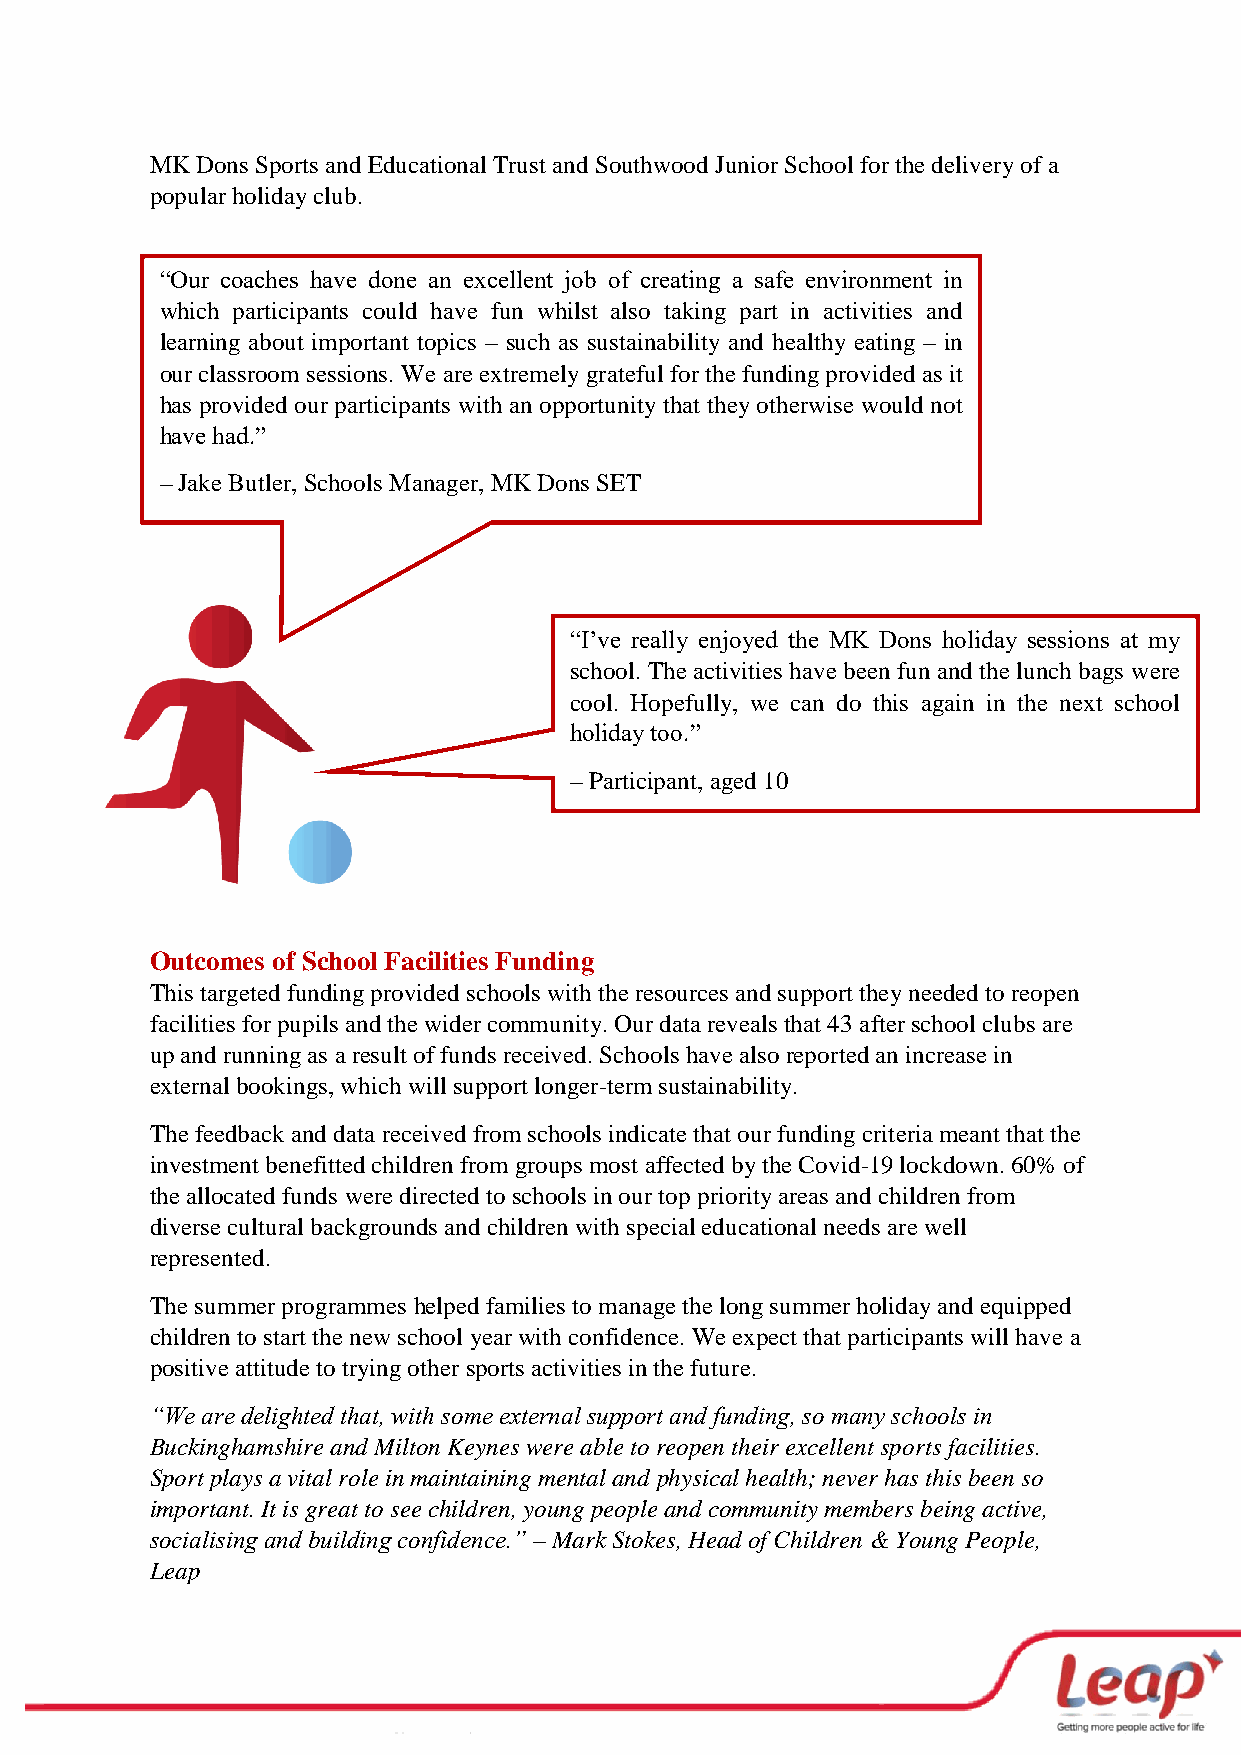
MK Dons Sports and Educational Trust and Southwood Junior School for the delivery of a
 popular holiday club.
 “Our coaches have done an excellent job of creating a safe environment in
 which participants could have fun whilst also taking part in activities and
 learning about important topics – such as sustainability and healthy eating – in
 our classroom sessions. We are extremely grateful for the funding provided as it
 has provided our participants with an opportunity that they otherwise would not
 have had.”
 – Jake Butler, Schools Manager, MK Dons SET
 “I’ve really enjoyed the MK Dons holiday sessions at my
 school. The activities have been fun and the lunch bags were
 cool. Hopefully, we can do this again in the next school
 holiday too.”
 – Participant, aged 10
 Outcomes of School Facilities Funding
 This targeted funding provided schools with the resources and support they needed to reopen
 facilities for pupils and the wider community. Our data reveals that 43 after school clubs are
 up and running as a result of funds received. Schools have also reported an increase in
 external bookings, which will support longer-term sustainability.
 The feedback and data received from schools indicate that our funding criteria meant that the
 investment benefitted children from groups most affected by the Covid-19 lockdown. 60% of
 the allocated funds were directed to schools in our top priority areas and children from
 diverse cultural backgrounds and children with special educational needs are well
 represented.
 The summer programmes helped families to manage the long summer holiday and equipped
 children to start the new school year with confidence. We expect that participants will have a
 positive attitude to trying other sports activities in the future.
 “We are delighted that, with some external support and funding, so many schools in
 Buckinghamshire and Milton Keynes were able to reopen their excellent sports facilities.
 Sport plays a vital role in maintaining mental and physical health; never has this been so
 important. It is great to see children, young people and community members being active,
 socialising and building confidence.” – Mark Stokes, Head of Children & Young People,
 Leap